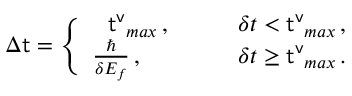
\Delta { \sf t } = \Biggl \{ \begin{array} { l l } { ~ ~ { \sf t ^ { v } } _ { m a x } \, , } & { \qquad \delta t < { \sf t ^ { v } } _ { m a x } \, , } \\ { \frac { \hbar } { \delta { \cal E } _ { f } } \, , } & { \qquad \delta t \ge { \sf t ^ { v } } _ { m a x } \, . } \end{array}